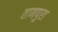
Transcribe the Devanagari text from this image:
वाणपुरा